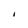
Character: I